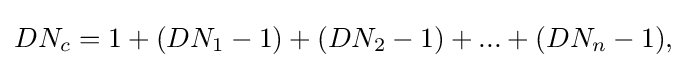
DN_{c}=1+(DN_{1}-1)+(DN_{2}-1)+...+(DN_{n}-1),\